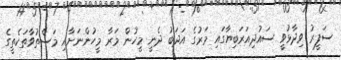
ސަފީރު ވިދާޅުވީ ސައުދިއަރަބިޔާގައި މަރުގެ އަދަބު ދެނީ މީހުން މަރާ މީހުންނަށާއި މަސްތުވާތަކެތީގެ